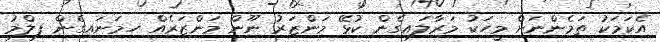
އެކަމަކު ތަމެންނަށް މީހަކު މަރާލައިގެން ކުޅޭ މަންޒަރު ނޫން މަންޒަރެއް ހިމަނައިގެން ފިލްމު